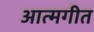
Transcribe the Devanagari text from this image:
आत्मगीत